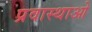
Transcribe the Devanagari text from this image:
प्रवास्थाओ